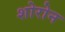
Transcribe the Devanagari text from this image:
शोरोन